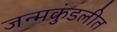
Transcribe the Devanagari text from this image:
जन्मकुंडलीत